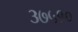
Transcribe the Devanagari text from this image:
३७५१०